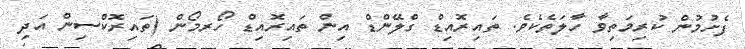
ފެށުމުން ކުރިމަތިވާ ހާލަތެކެވެ. ތައިރޮއިޑް ގްލޭންޑް އިން ތައިރޮއިޑް ހޯރމޯން (ތައިރޮކްސިން އަދި